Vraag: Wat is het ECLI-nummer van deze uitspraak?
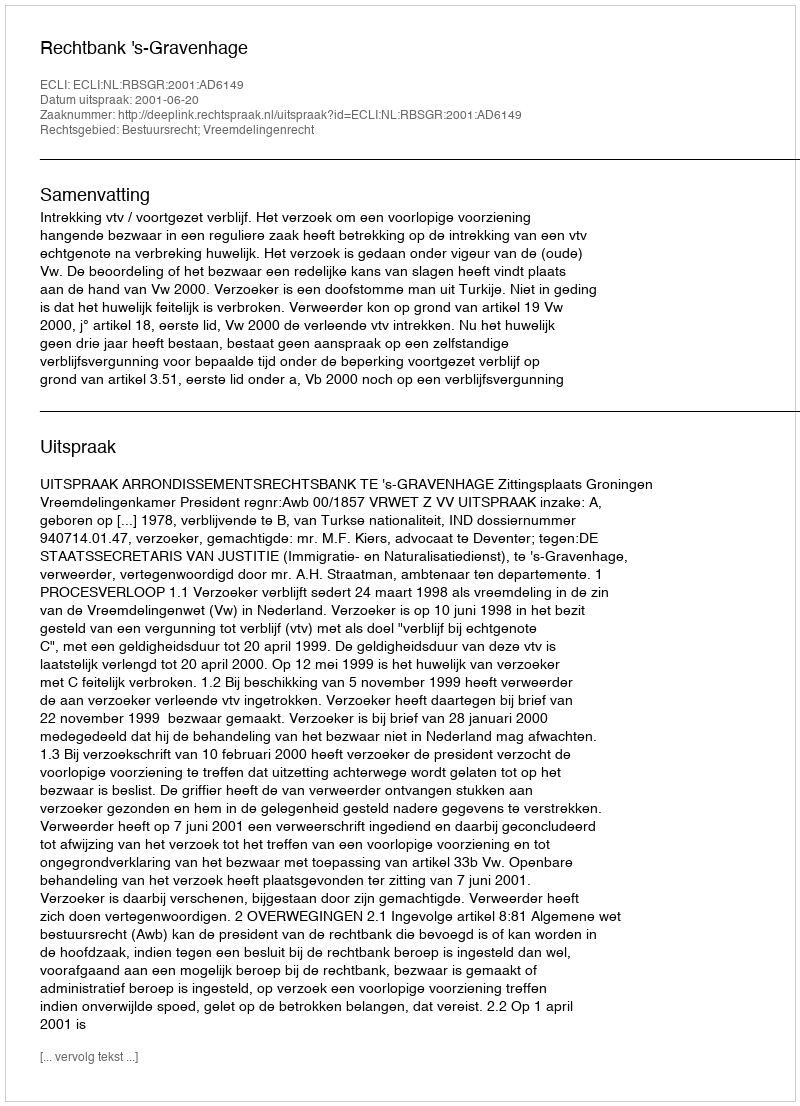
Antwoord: ECLI:NL:RBSGR:2001:AD6149